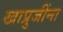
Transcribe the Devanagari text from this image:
खाप्रुजींना